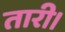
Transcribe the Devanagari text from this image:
तारी।